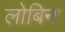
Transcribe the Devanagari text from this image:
लोबिन